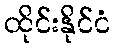
ထိုင်းနိုင်ငံ